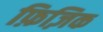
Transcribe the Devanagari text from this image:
फ़िज़िक